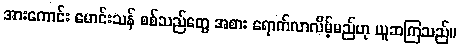
အားကောင်း မောင်းသန် စစ်သည်တွေ အစား ရောက်လာလိမ့်မည်ဟု ယူဆကြသည်။